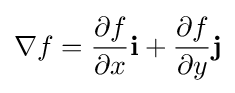
\nabla f={\frac {\partial f}{\partial x}}\mathbf {i} +{\frac {\partial f}{\partial y}}\mathbf {j}